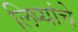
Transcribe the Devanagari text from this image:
लिप्यांचे